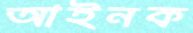
আইনক